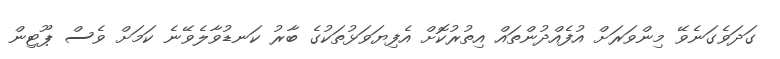
ގަދަވެގަނެވޭ މިންވަރަށް އުފެއްދުންތައް އިތުރުކޮށް އެފިޔަވަޅުތަކުގެ ބާރު ކަނޑުވާލެވޭނެ ކަމަށް ވެސް ޕޫޓިން